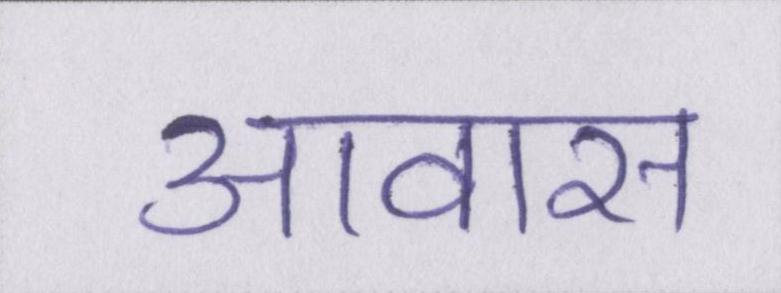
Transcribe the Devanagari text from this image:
आवास